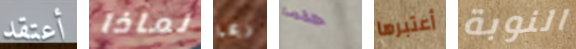
أعتقد لماذا ربما حلمنا أعتبرها النوبة